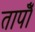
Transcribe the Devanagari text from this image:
तापोँ